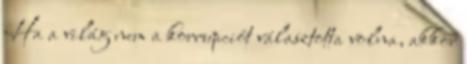
Ha a világ nem a korrupciót választotta volna, akkor